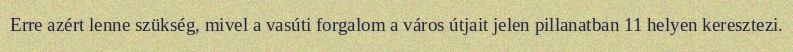
Erre azért lenne szükség, mivel a vasúti forgalom a város útjait jelen pillanatban 11 helyen keresztezi.